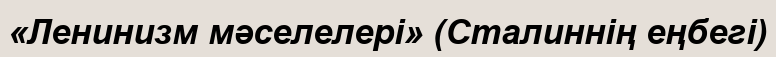
«Ленинизм мәселелері» (Сталиннің еңбегі)